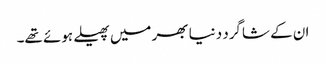
ان کے شاگرد دنیا بھر میں پھیلے ہوئے تھے۔